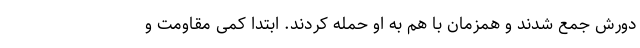
دورش جمع شدند و همزمان با هم به او حمله کردند. ابتدا کمی مقاومت و